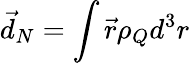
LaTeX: \vec{d}_{N}=\int\vec{r}\rho_{Q}d^{3}r